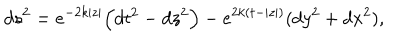
d s ^ { 2 } = e ^ { - 2 k | z | } \Big ( d t ^ { 2 } - d z ^ { 2 } \Big ) - e ^ { 2 k ( t - | z | ) } ( d y ^ { 2 } + d x ^ { 2 } ) ,